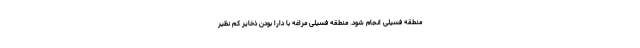
منطقه فسیلی انجام شود. منطقه فسیلی مراغه با دارا بودن ذخایر کم نظیر